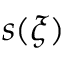
s ( \xi )